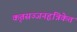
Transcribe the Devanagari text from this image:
कृतसज्जनहृन्निकेत